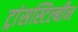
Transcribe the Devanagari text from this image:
ट्रांसस्टिल्बीन